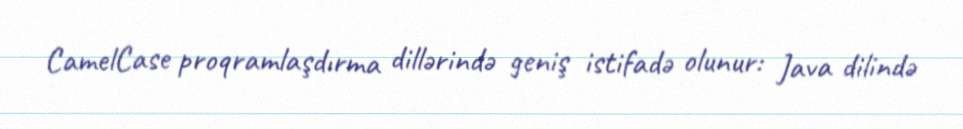
CamelCase proqramlaşdırma dillərində geniş istifadə olunur: Java dilində